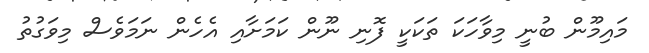
މައިމޫން ބުނީ މިވާހަކަ ތަކަކީ ފޮނި ނޫން ކަމަށާއި އެހެން ނަމަވެސް މިވަގުތު